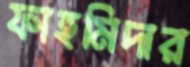
ফাহমিদার